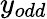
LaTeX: y_{odd}